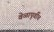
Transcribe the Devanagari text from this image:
वेळापूर्वीच